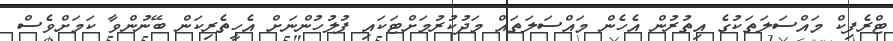
ޓްރެފިކް މައްސަލަތަކުގެ އިތުރުން އެހެން މައްސަލަތައް މަދުކުރުމަށްޓަކައި ފުލުހުންނަށް އެހީތެރިކަން ބޭނުންވާ ކަމަށްވެސް